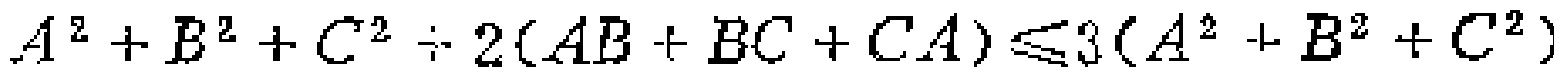
$A^{2}+B^{2}+C^{2}\div 2(AB + BC + CA)\leqslant 3(A^{2}+B^{2}+C^{2})$